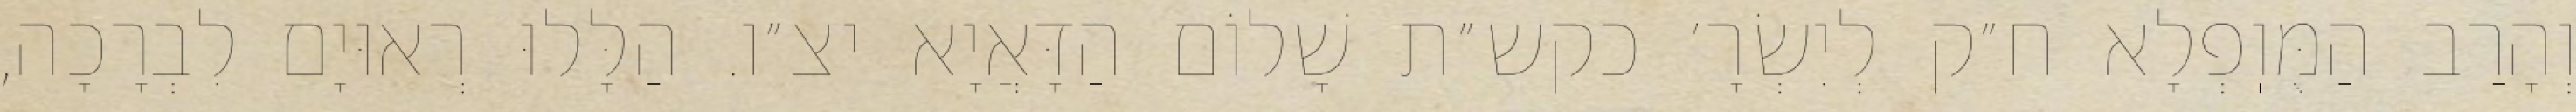
וְהָרַב הַמֻּוֽפְלָא ח״ק לְיִשְׂרָ׳ כקש״ת שָׁלוֹם הַדָּאֲיָא יצ״ו. הַלָּלוּ רְאוּיָם לִבְרָכָה,